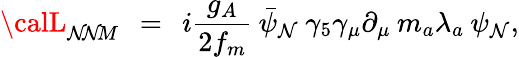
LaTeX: {\calL}_{\mathcal{N}\! \mathcal{N}\! M}\: \: =\: \: i\frac{{g_{A}}}{{2f_{m}}}\: \bar{{\psi}}_{\mathcal{N}}\: \gamma_{5}\gamma_{\mu}\partial_{\mu}\: m_{a}\lambda_{a}\: \psi_{\mathcal{N}},